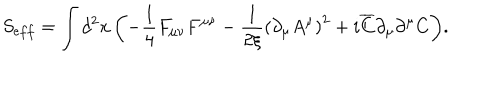
S _ { e f f } = \int { d ^ { 2 } x \left( { - \frac { 1 } { 4 } F _ { \mu \nu } F ^ { \mu \nu } - \frac { 1 } { { 2 \xi } } \left( { \partial _ { \mu } A ^ { \mu } } \right) ^ { 2 } + i \overline { { C } } \partial _ { \mu } \partial ^ { \mu } C } \right) } .